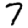
Digit: 7